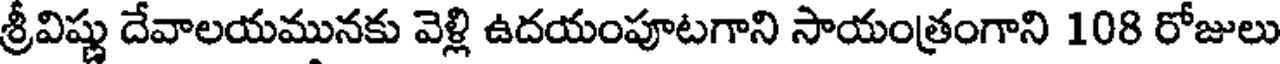
శ్రీవిష్ణు దేవాలయమునకు వెళ్లి ఉదయంపూటగాని సాయంత్రంగాని 108 రోజులు